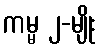
ကမ္မ ၂-မျိုး